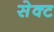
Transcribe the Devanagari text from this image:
सेक्‍ट